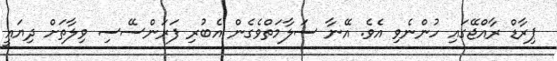
ޕިރާޑް ރާއްޖޭގައި ހުންނެވި އެވެ. އޭނާ ސަލާމަތްވެގެން އެބުރި ފަރަންސޭސި ވިލާތަށް ދިޔައީ